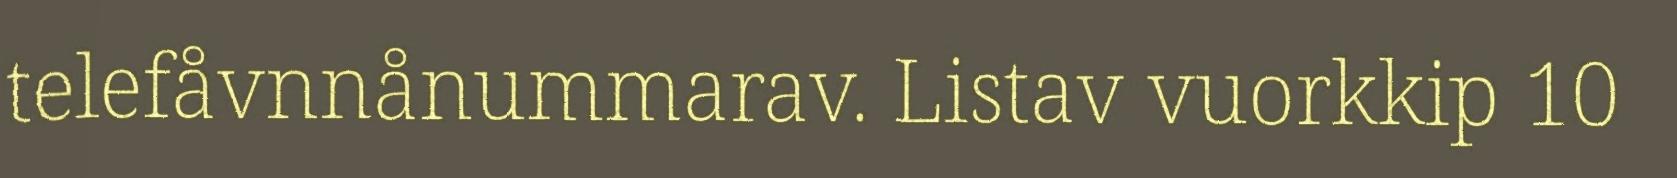
telefåvnnånummarav. Listav vuorkkip 10